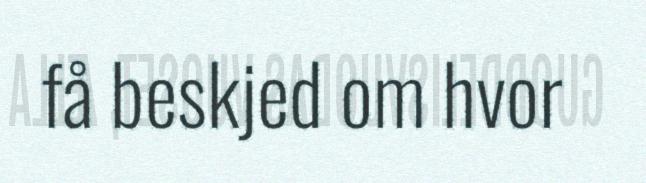
få beskjed om hvor